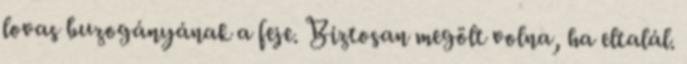
lovas buzogányának a feje. Biztosan megölt volna, ha eltalál.